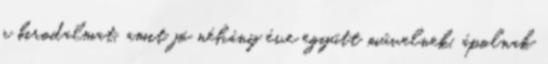
a birodalmat, amit jó néhány éve együtt művelnek, ápolnak